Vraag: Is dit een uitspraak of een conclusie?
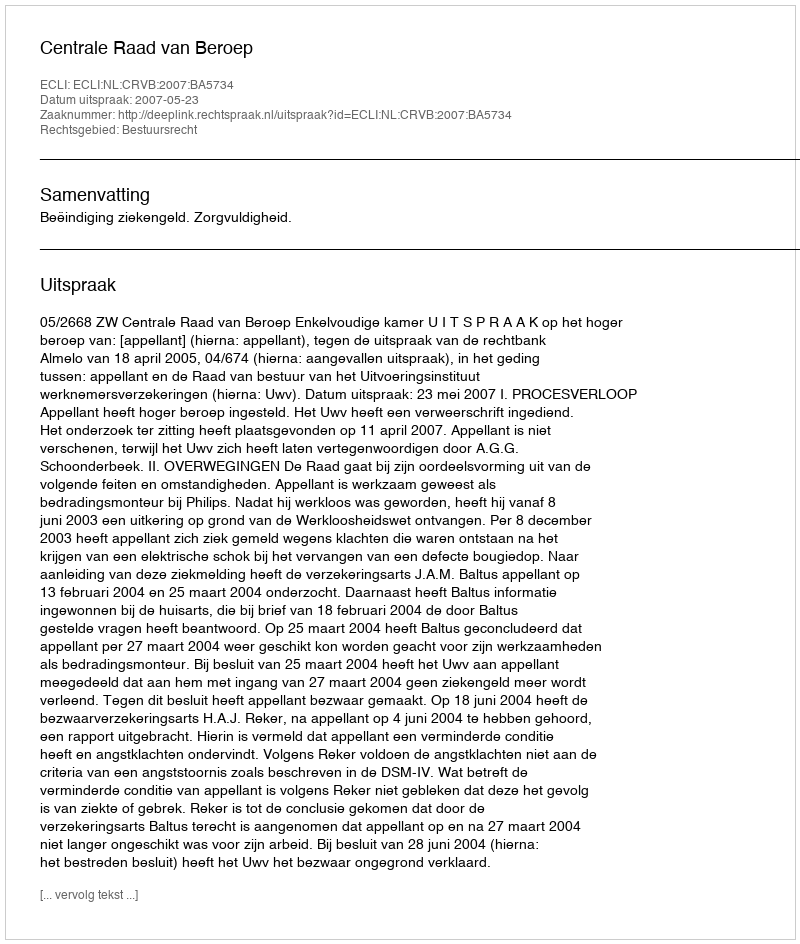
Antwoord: Uitspraak